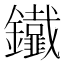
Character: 𨰕